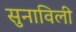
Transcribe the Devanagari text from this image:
सुनाविली